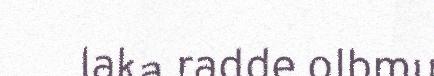
laka radde olbmu